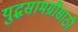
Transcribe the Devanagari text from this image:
युद्धसामग्रीसाठी